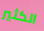
الكثير